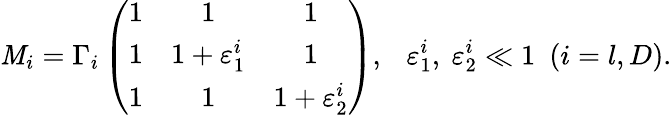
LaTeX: \mathit{M}_{i}=\Gamma_{i}\left(\begin{array}{ccc}{{1}}&{{1}}&{{1}}\\ {{1}}&{{1+\varepsilon_{1}^{i}}}&{{1}}\\ {{1}}&{{1}}&{{1+\varepsilon_{2}^{i}}}\end{array}\right),\ \ \ \varepsilon_{1}^{i},\ \varepsilon_{2}^{i}\ll1\ \ (i=l,D).